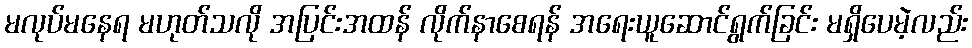
မလုပ်မနေရ မဟုတ်သလို အပြင်းအထန် လိုက်နာစေရန် အရေးယူဆောင်ရွက်ခြင်း မရှိပေမဲ့လည်း